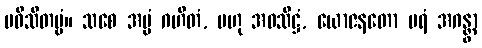
ပဝိသိတဗ္ဗံ။ သစေ အပ္ပံ ဂဟိတံ, ဗဟု အဝသိဋ္ဌံ, ယောဇနတော ပရံ အဂန္တွာ